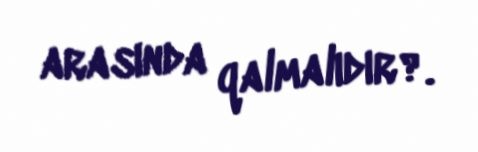
arasında qalmalıdır?.